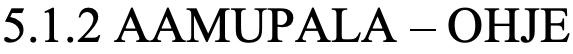
5.1.2 AAMUPALA – OHJE